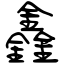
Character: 鑫